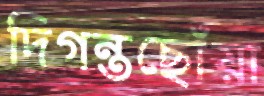
দিগন্তছোঁয়া